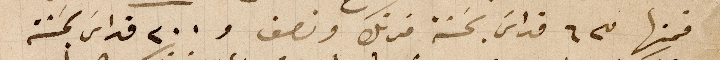
فمنها ٦٣ قداس بحَسنة فرنك ونصف و ٢٠٠ قداس بحَسنة